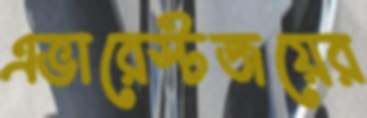
এভারেস্টজয়ের